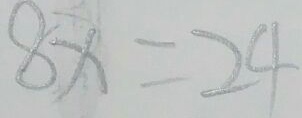
8 x = 2 4